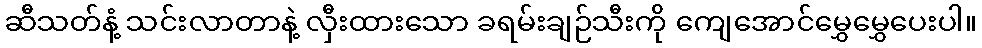
ဆီသတ်နံ့ သင်းလာတာနဲ့ လှီးထားသော ခရမ်းချဉ်သီးကို ကျေအောင်မွှေမွှေပေးပါ။